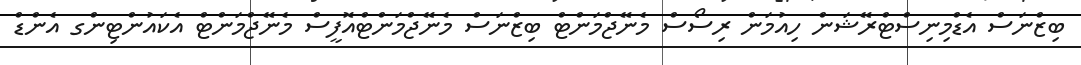
ބިޒްނަސް އެޑްމިނިސްޓްރޭޝަން ހިއުމަން ރިސޯސް މެނޭޖްމަންޓް ބިޒްނަސް މެނޭޖްމަންޓްއޮފީސް މެނޭޖްމަންޓް އެކައުންޓިންގ އެންޑް